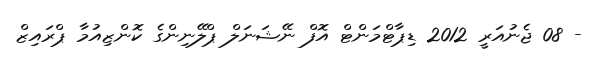
- 08 ޖެނުއަރީ 2012 ޑިޕާޓްމަންޓް އޮފް ނޭޝަނަލް ޕްލޭނިންގެ ކޮންޒިއުމާ ޕްރައިޒް